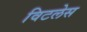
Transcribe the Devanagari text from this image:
विटलेस